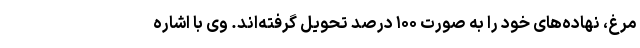
مرغ، نهاده‌های خود را به صورت ۱۰۰ درصد تحویل گرفته‌اند. وی با اشاره